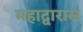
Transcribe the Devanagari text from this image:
महाद्वारास